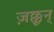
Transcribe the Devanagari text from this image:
ज़क्कून्